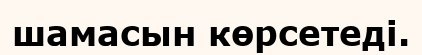
шамасын көрсетеді.